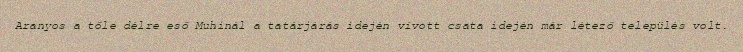
Aranyos a tőle délre eső Muhinál a tatárjárás idején vívott csata idején már létező település volt.